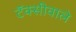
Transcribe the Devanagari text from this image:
टॅक्सीवाले